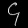
Digit: ၄